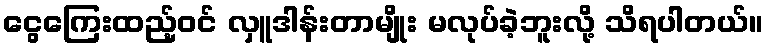
ငွေကြေးထည့်ဝင် လှူဒါန်းတာမျိုး မလုပ်ခဲ့ဘူးလို့ သိရပါတယ်။